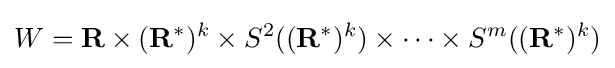
W=\mathbf {R} \times (\mathbf {R} ^{*})^{k}\times S^{2}((\mathbf {R} ^{*})^{k})\times \cdots \times S^{m}((\mathbf {R} ^{*})^{k})